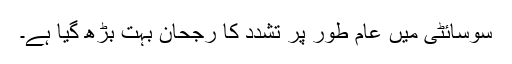
سوسائٹی میں عام طور پر تشدد کا رجحان بہت بڑھ گیا ہے۔